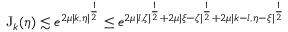
\begin{array} { r } { \mathrm { J } _ { k } ( \eta ) \lesssim e ^ { 2 \mu | k , \eta | ^ { \frac 1 2 } } \leq e ^ { 2 \mu | l , \zeta | ^ { \frac 1 2 } + 2 \mu | \xi - \zeta | ^ { \frac 1 2 } + 2 \mu | k - l , \eta - \xi | ^ { \frac 1 2 } } } \end{array}